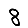
Digit: 8